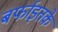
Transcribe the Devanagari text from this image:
बर्फाइतके